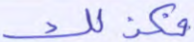
فكذلك